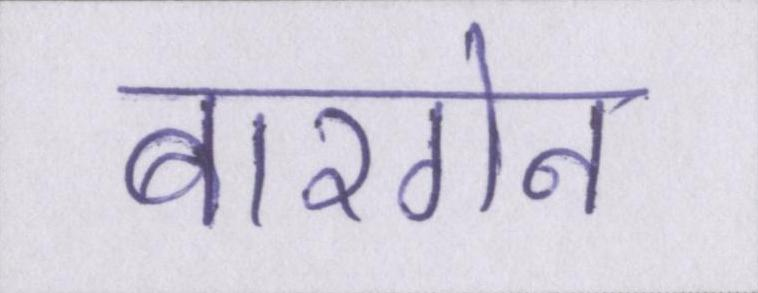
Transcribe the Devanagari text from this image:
बारगेन